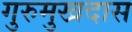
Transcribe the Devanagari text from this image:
गुरुमुखदास